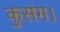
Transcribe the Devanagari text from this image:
कुसंग।